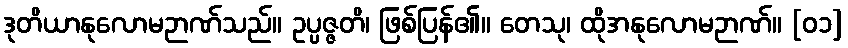
ဒုတိယာနုလောမဉာဏ်သည်။ ဥပ္ပဇ္ဇတိ၊ ဖြစ်ပြန်၏။ တေသု၊ ထိုအနုလောမဉာဏ်။ [၀၁]